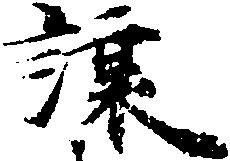
譲